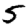
Digit: 5